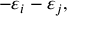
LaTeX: - \varepsilon _ { i } - \varepsilon _ { j } ,